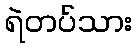
ရဲတပ်သား